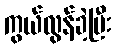
ကွယ်လွန်ခဲ့ပြီး